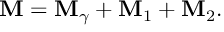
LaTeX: { \bf \cal M } = { \bf \cal M } _ { \gamma } + { \bf \cal M } _ { 1 } + { \bf \cal M } _ { 2 } .